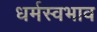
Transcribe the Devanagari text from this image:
धर्मस्वभाव